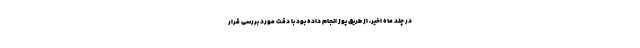
در چند ماه اخیر، از طریق پوز انجام داده بود با دقت مورد بررسی قرار